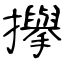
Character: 㩮